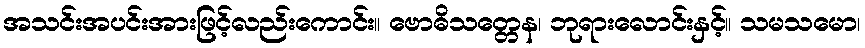
အသင်းအပင်းအားဖြင့်လည်းကောင်း။ ဗောဓိသတ္တေန၊ ဘုရားလောင်းနှင့်။ သမသမော၊